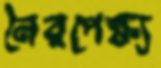
নৈরপেক্ষ্য